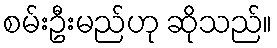
စမ်းဦးမည်ဟု ဆိုသည်။